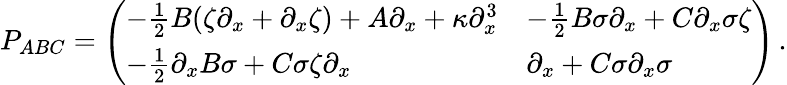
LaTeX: P_{ABC}=\left(\begin{array}{ll}{-\frac 12B(\zeta\partial_{x}+\partial_{x}\zeta)+A\partial_{x}+\kappa\partial_{x}^{3}}&{-\frac 12B\sigma\partial_{x}+C\partial_{x}\sigma\zeta}\\ {-\frac 12\partial_{x}B\sigma+C\sigma\zeta\partial_{x}}&{\partial_{x}+C\sigma\partial_{x}\sigma}\end{array}\right)\, .